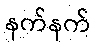
နက်နက်